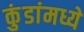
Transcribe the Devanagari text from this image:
कुंडांमध्ये